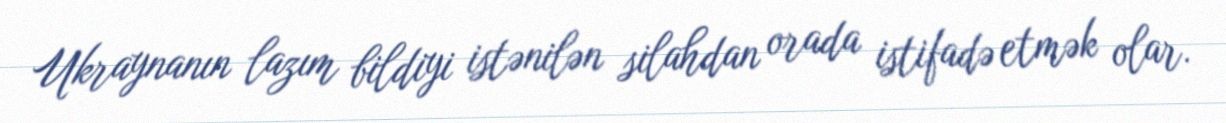
Ukraynanın lazım bildiyi istənilən silahdan orada istifadə etmək olar.